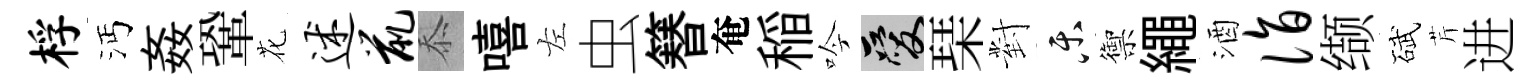
桴沔姦鞏花述鼠忝嘻左虫簮奄稲吟爱琹對乐禦繩酒诣缬碔芹进